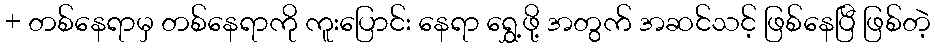
+ တစ်နေရာမှ တစ်နေရာကို ကူးပြောင်း နေရာ ရွှေ့ဖို့ အတွက် အဆင်သင့် ဖြစ်နေပြီ ဖြစ်တဲ့